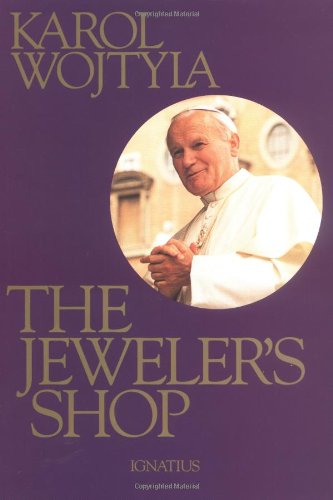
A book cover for The Jeweler's Shop: A Meditation on the Sacrament of Matrimony Passing on Occasion Into a Drama; Karol Wojtyla; Literature & Fiction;